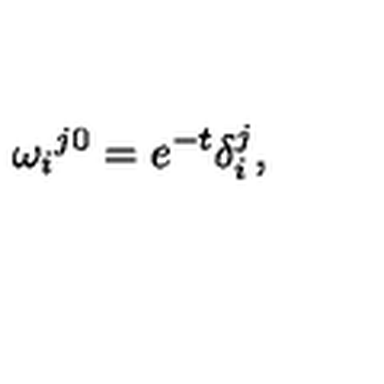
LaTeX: \omega _ { i } { } ^ { j 0 } = e ^ { - t } \delta _ { i } ^ { j } ,